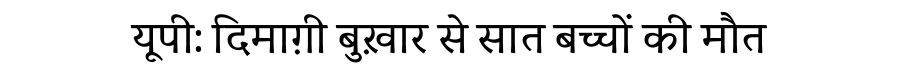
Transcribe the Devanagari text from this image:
यूपी: दिमाग़ी बुख़ार से सात बच्चों की मौत